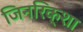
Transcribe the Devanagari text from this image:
जिनरिक्शा